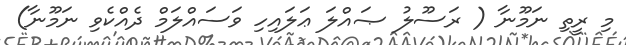
މި ރީތި ނަމޫނާ ( ރަސޫލު ޞައްލަ ޢަލައިހި ވަސައްލަމް ދެއްކެވި ނަމޫނާ)